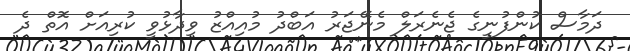
ދަމާސް ކުންފުނީގެ ޖެނެރަލް މެނޭޖަރު އަބްދު މުއިއްޒު ވިދާޅުވީ ކުރިއަށް އޮތް ދެ